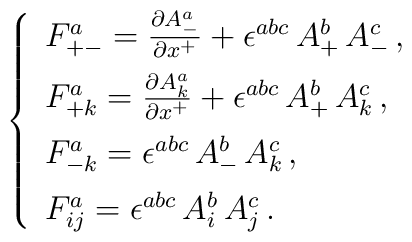
\left\{\begin{array}{l}F^a_{+ -} = \frac{\partial A^a_-}{\partial x^+} + \epsilon^{abc}\, A^b_+ \,  A^c_- \,,\\[0.2cm]F^a_{+ k} = \frac{\partial A^a_k}{\partial x^+} + \epsilon^{abc}\, A^b_+ \,  A^c_k \,, \\[0.2cm]F^a_{- k} = \epsilon^{abc} \,  A^b_- \, A^c_k \,, \\[0.2cm]F^a_{i j} = \epsilon^{abc}\, A^b_i \, A^c_j\,.\end{array}\right.